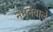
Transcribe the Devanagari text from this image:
नमूनेवाले